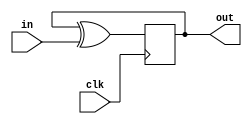
module top_module (
    input clk,
    input in, 
    output out);
wire x;
    assign x = out^in;
    always @(posedge clk)
        out<=x;
endmodule